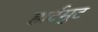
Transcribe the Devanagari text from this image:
हार्टमुट